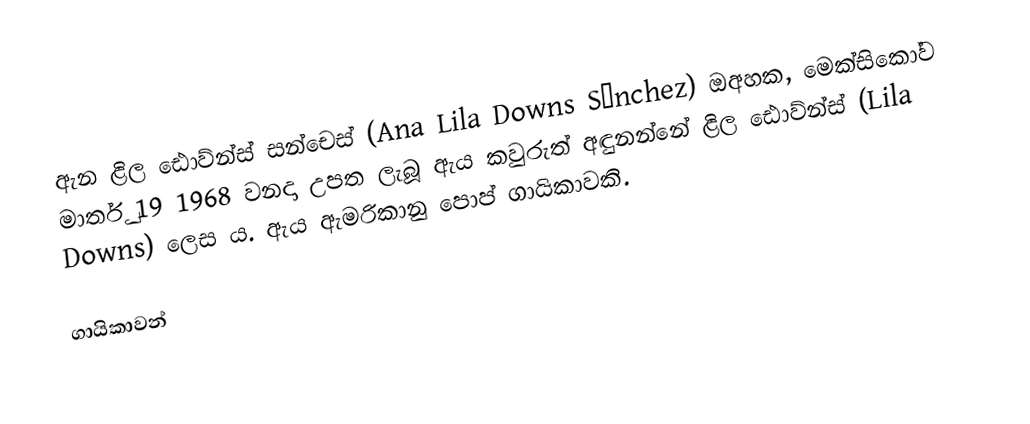
ඇන ළිල ඪොව්න්ස් සන්චෙස් (Ana Lila Downs Sánchez) ඔඅහක, මෙක්සිකෝව මාර්තු 19 1968 වනදා උපත ලැබූ ඇය කවුරුත් අඳුනන්නේ ළිල ඪොව්න්ස් (Lila Downs) ලෙස ය. ඇය ඇමරිකානු පොප් ගායිකාවකි.

ගායිකාවන්